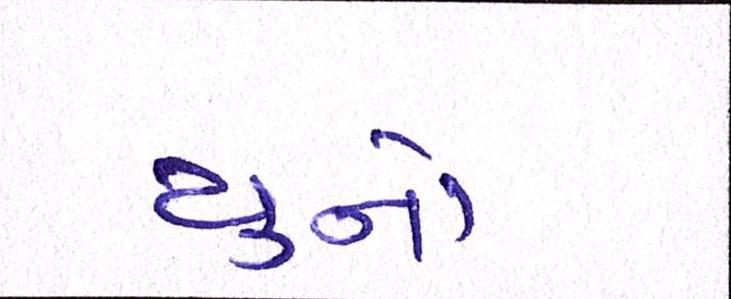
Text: યુનો